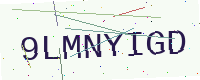
Text: 9LMNYIGD